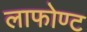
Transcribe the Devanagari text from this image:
लाफोण्ट